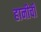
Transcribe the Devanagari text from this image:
हानीची